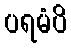
ပရမံပိ